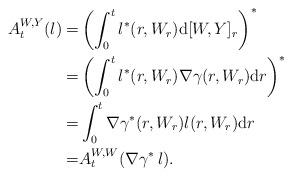
LaTeX: \begin{align*} A_t^{W,Y}(l) =& \left( \int_0^t l^*(r, W_r) \mathrm d[W,Y]_r \right)^*\\ =& \left(\int_0^t l^*(r, W_r)\nabla \gamma(r, W_r) \mathrm dr \right)^* \\=& \int_0^t \nabla \gamma^*(r, W_r) l(r, W_r) \mathrm dr \\=& A_t^{W,W}(\nabla \gamma^*\, l). \end{align*}